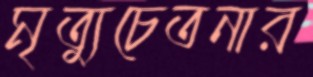
মৃত্যুচেতনার